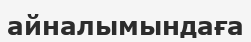
айналымындаға